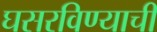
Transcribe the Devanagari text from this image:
घसरविण्याची